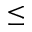
\leq